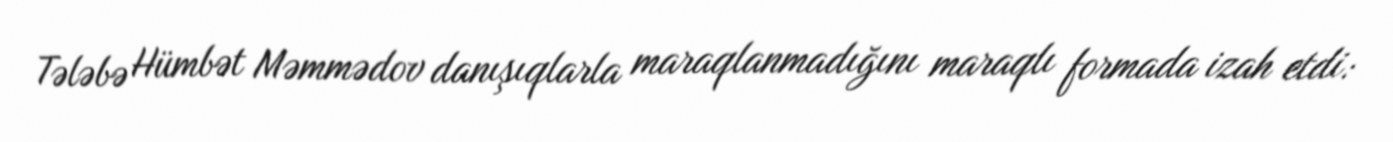
Tələbə Hümbət Məmmədov danışıqlarla maraqlanmadığını maraqlı formada izah etdi: